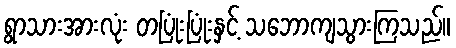
ရွာသားအားလုံး တပြုံးပြုံးနှင့် သဘောကျသွားကြသည်။